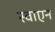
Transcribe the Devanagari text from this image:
स्वाएन